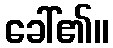
ခေါ်၏။